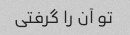
تو آن را گرفتی